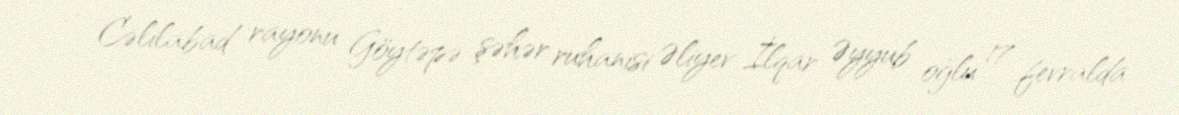
- Cəlilabad rayonu Göytəpə şəhər ruhanisi Əliyev İlqar Əyyub oğlu 17 fevralda